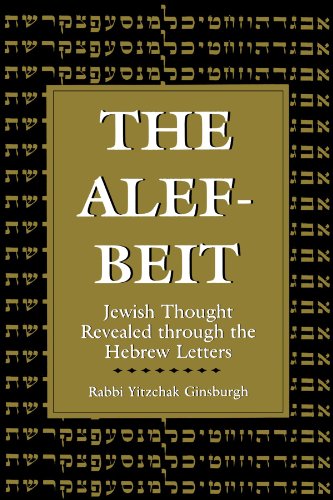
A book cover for The Alef-Beit: Jewish Thought Revealed through the Hebrew Letters; Yitzchak Ginsburg; Religion & Spirituality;